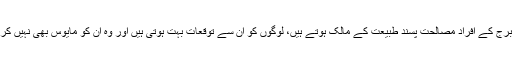
اس برج کے افراد مصالحت پسند طبیعت کے مالک ہوتے ہیں، لوگوں کو ان سے توقعات بہت ہوتی ہیں اور وہ ان کو مایوس بھی نہیں کرتے۔